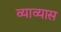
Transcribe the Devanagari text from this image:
व्याव्यास